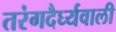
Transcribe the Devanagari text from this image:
तरंगदैर्घ्यवाली